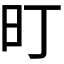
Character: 𭥌